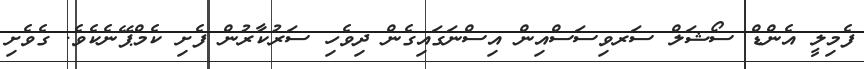
ފެމިލީ އެންޑް ސޯޝަލް ސަރވިސަސްއިން އިސްނަގައިގެން ދިވެހި ސަރުކާރުން ފެށި ކެމްޕޭނެކެވެ. ގެވެށި